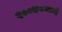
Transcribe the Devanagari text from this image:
१००४८मध्ये